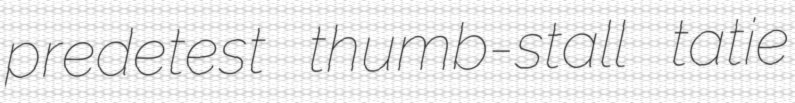
predetest thumb-stall tatie